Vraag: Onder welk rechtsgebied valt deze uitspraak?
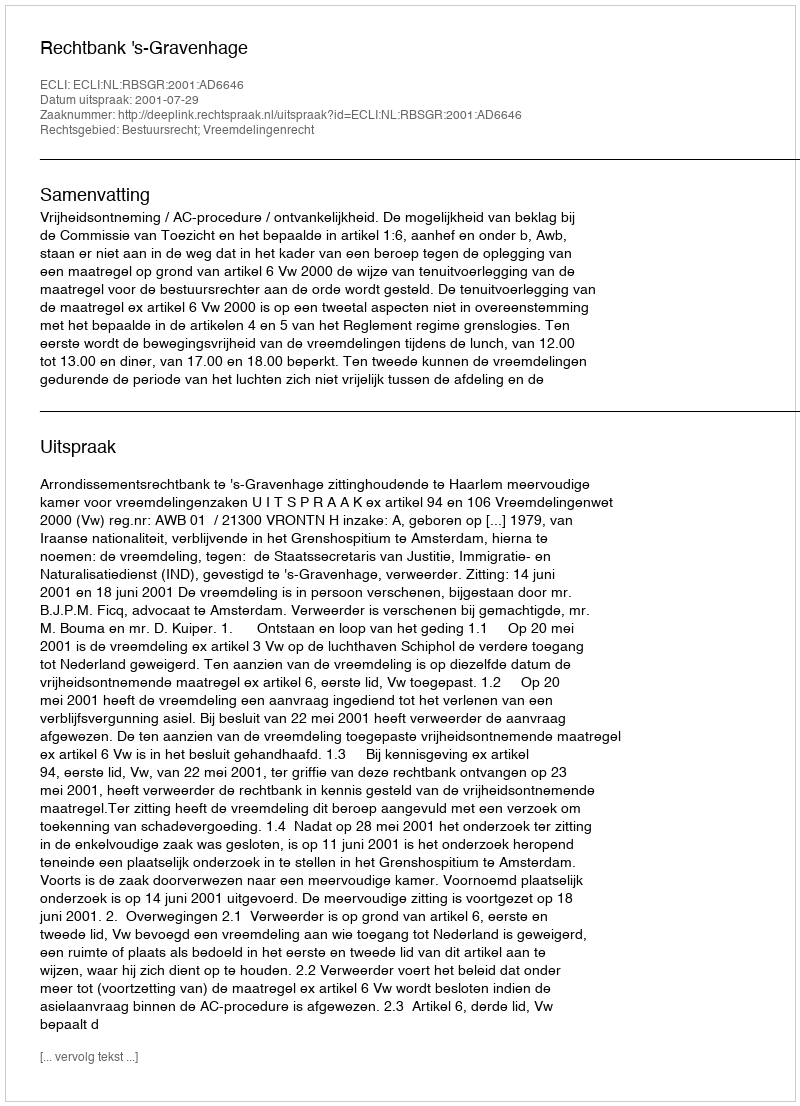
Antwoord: Bestuursrecht; Vreemdelingenrecht